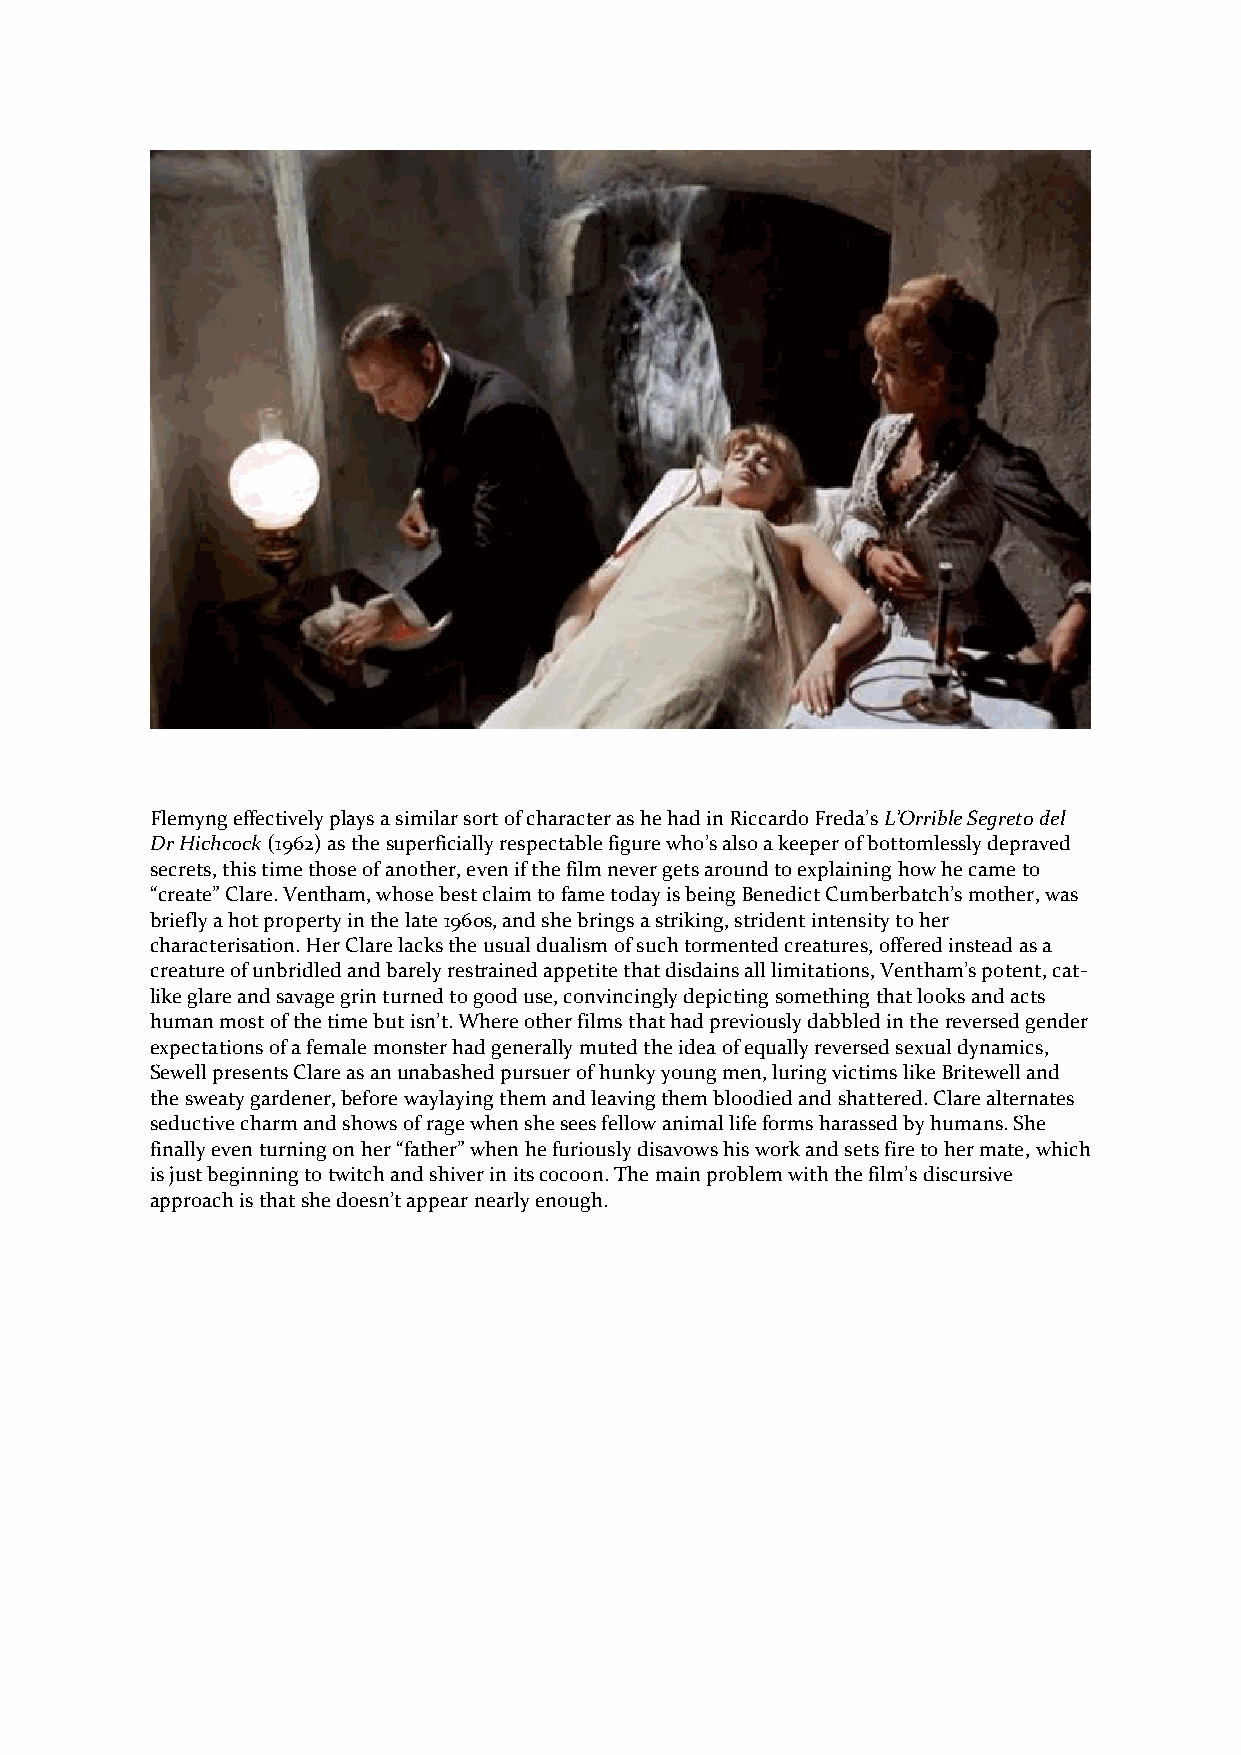
Flemyng effectively plays a similar sort of character as he had in Riccardo Freda’s L’Orrible Segreto del
 Dr Hichcock (1962) as the superficially respectable figure who’s also a keeper of bottomlessly depraved
 secrets, this time those of another, even if the film never gets around to explaining how he came to
 “create” Clare. Ventham, whose best claim to fame today is being Benedict Cumberbatch’s mother, was
 briefly a hot property in the late 1960s, and she brings a striking, strident intensity to her
 characterisation. Her Clare lacks the usual dualism of such tormented creatures, offered instead as a
 creature of unbridled and barely restrained appetite that disdains all limitations, Ventham’s potent, cat-
 like glare and savage grin turned to good use, convincingly depicting something that looks and acts
 human most of the time but isn’t. Where other films that had previously dabbled in the reversed gender
 expectations of a female monster had generally muted the idea of equally reversed sexual dynamics,
 Sewell presents Clare as an unabashed pursuer of hunky young men, luring victims like Britewell and
 the sweaty gardener, before waylaying them and leaving them bloodied and shattered. Clare alternates
 seductive charm and shows of rage when she sees fellow animal life forms harassed by humans. She
 finally even turning on her “father” when he furiously disavows his work and sets fire to her mate, which
 is just beginning to twitch and shiver in its cocoon. The main problem with the film’s discursive
 approach is that she doesn’t appear nearly enough.